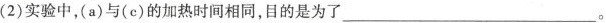
(2)实验中，(a)与(c)的加热时间相同，目的是为了___。